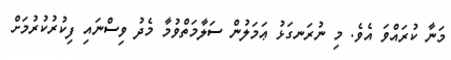
މަނާ ކުރައްވަ އެވެ. މި ނުރަނގަޅު ޢަމަލުން ސަލާމަތްވުމާ މެދު ވިސްނައި ފިކުރުކުރުމަށް